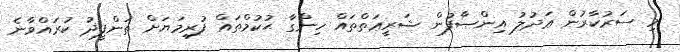
މި ސަރުކާރުން ޢަދުލު އިންޞާފުން ޝަރީޢަތްތައް ހިންގާ ޙުކުމްތައް ފުރިމަޔަށް ތަންފީޛު ކުރައްވާނެ